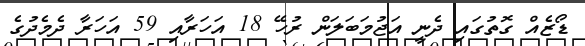
ޑޯޒެއް ގޮތުގައި ދެނީ އަޖުމަބަލަން ރުހޭ 18 އަހަރާއި 59 އަހަރާ ދެމެދުގެ